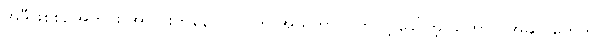
အဲဒီဖြစ်စဉ်အတွင်း အာလူးကနေ ဂလိုင်ကို အယ်ကာလွိုက်လို့ ခေါ်တဲ့ သဘာဝ အဆိပ်တွေကို